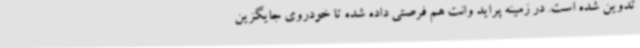
تدوین شده است. در زمینه پراید وانت هم فرصتی داده شده تا خودروی جایگزین